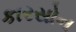
કારસોન